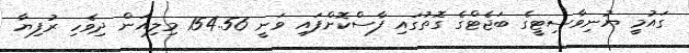
ގައުމީ ޔުނިވާސިޓީގެ ބަޖެޓްގެ ގޮތުގައި ފާސްކޮށްފައި ވަނީ 154.56 މިލިއަން ދިވެހި ރުފިޔާ